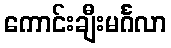
ကောင်းချီးမင်္ဂလာ